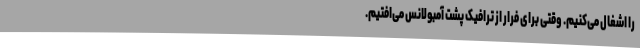
را اشغال می‌کنیم. وقتی برای فرار از ترافیک پشت آمبولانس می‌افتیم.